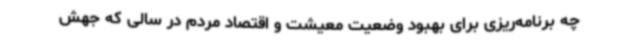
چه برنامه‌ریزی برای بهبود وضعیت معیشت و اقتصاد مردم در سالی که جهش